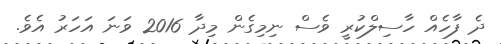
ދެ ފާހެއް ހާސިލްކުރީ ވެސް ނިމިގެން މިދާ 2016 ވަނަ އަހަރު އެވެ.